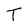
Character: T